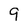
Character: 9